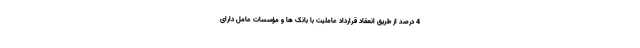
4 درصد از طریق انعقاد قرارداد عاملیت با بانک ها و مؤسسات عامل دارای